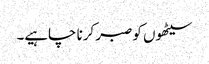
سیٹھوں کو صبر کرنا چاہیے۔